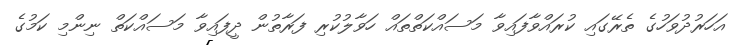
އަހަރުދުވަހުގެ ތެރޭގައި ކުރައްވާފައިވާ މަސައްކަތްތައް ހަވާލުކުރި ފަރާތުން ދީފައިވާ މަސައްކަތް ނިންމި ކަމުގެ